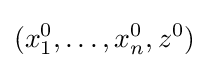
(x_{1}^{0},\dots ,x_{n}^{0},z^{0})